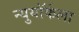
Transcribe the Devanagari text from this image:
न्युयॉर्कला